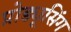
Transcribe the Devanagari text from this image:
प्रोड्यूसिंग